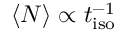
\langle N \rangle \propto t _ { \mathrm { i s o } } ^ { - 1 }